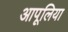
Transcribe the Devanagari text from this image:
आपूलिया